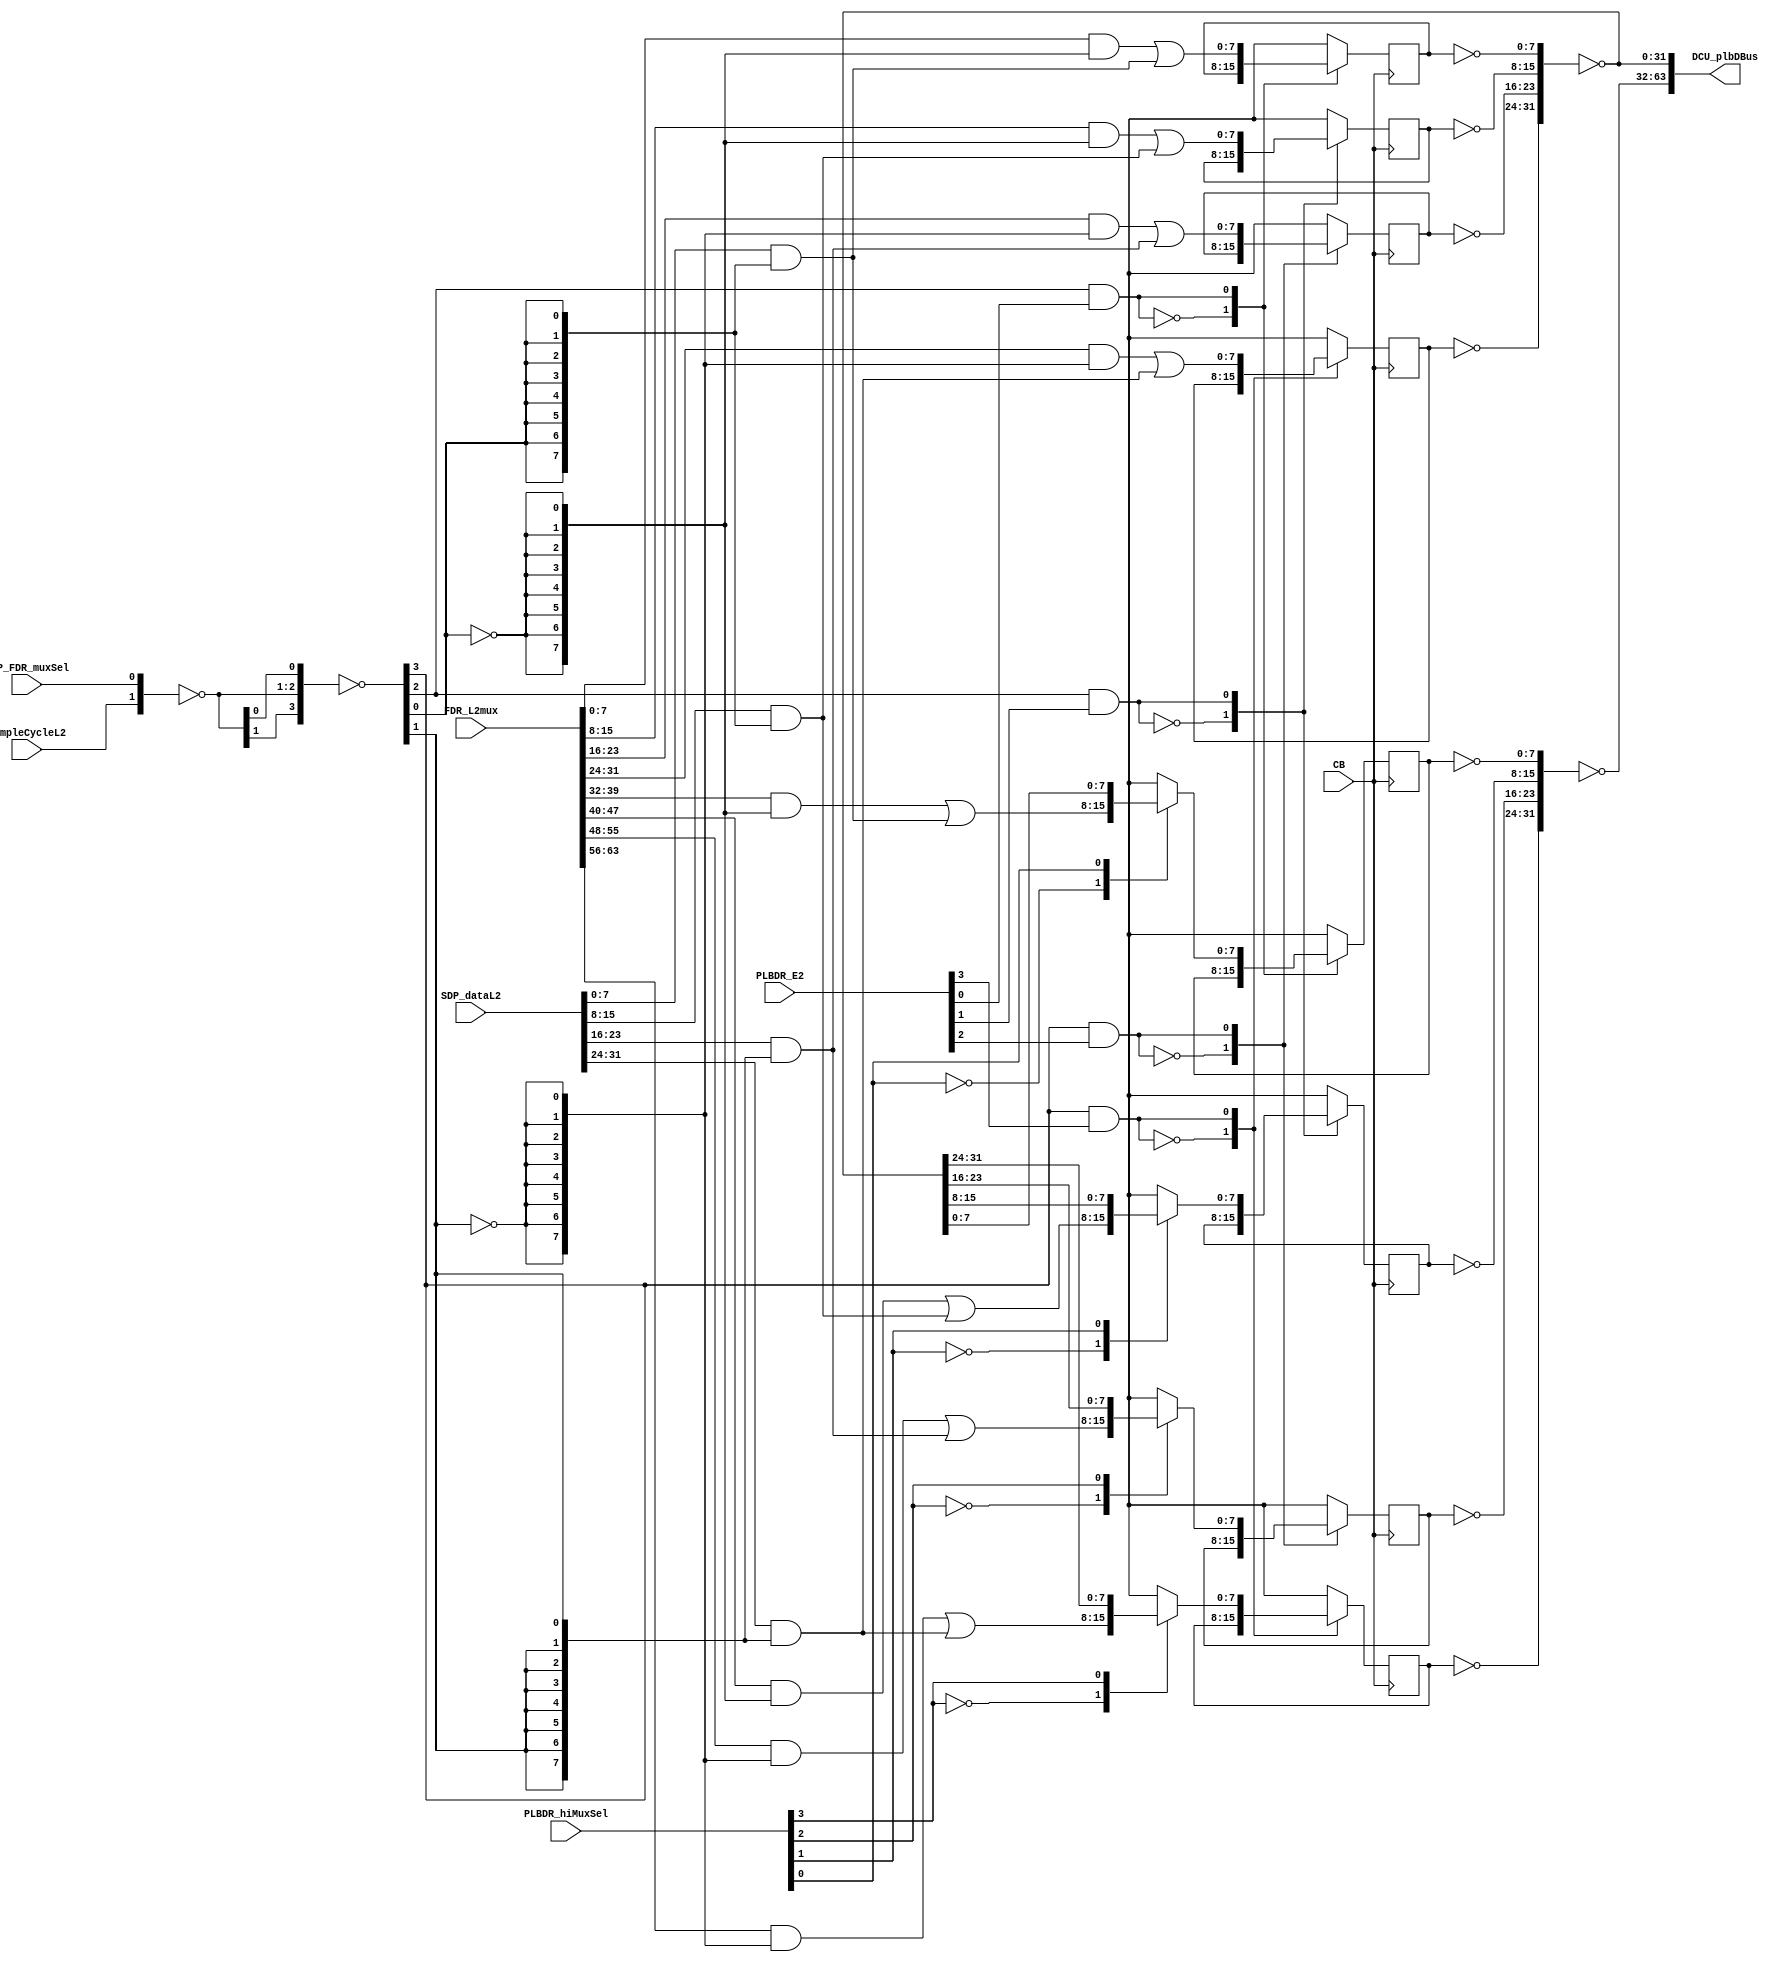
// 
// ************************************************************************** 
// 
//  Copyright (c) International Business Machines Corporation, 2005. 
// 
//  This file contains trade secrets and other proprietary and confidential 
//  information of International Business Machines Corporation which are 
//  protected by copyright and other intellectual property rights and shall 
//  not be reproduced, transferred to other documents, disclosed to others, 
//  or used for any purpose except as specifically authorized in writing by 
//  International Business Machines Corporation. This notice must be 
//  contained as part of this text at all times. 
// 
// ************************************************************************** 
//

module p405s_DCU_plbMux( DCU_plbDBus,
                         CB,
                         FDR_L2mux,
                         PLBDR_E2,
                         PLBDR_hiMuxSel,
                         SDP_FDR_muxSel,
                         SDP_dataL2,
                         sampleCycleL2
                        );


input  SDP_FDR_muxSel;
input  sampleCycleL2;

output [0:63]  DCU_plbDBus;


input [0:63]  FDR_L2mux;
input [0:3]  PLBDR_hiMuxSel;
input [0:3]  PLBDR_E2;
input [0:31]  SDP_dataL2;
input CB;

// Buses in the design

wire  [0:31]  DCU_plbDBusNoBuf;
wire  [0:31]  DCU_plbDBusNoBufInv;
wire  [0:63]  SDP_FDR_data;

wire sampleCycleInv, SDP_FDR_muxSelInv,sampleCycleBuf01;
wire sampleCycleBuf23, SDP_FDR_muxSel0145, SDP_FDR_muxSel2367;


reg [24:31] regDCU_PLB_DRloByte3_L2;
reg [16:23] regDCU_PLB_DRloByte2_L2;
reg [8:15] regDCU_PLB_DRloByte1_L2;
reg [0:7] regDCU_PLB_DRloByte0_L2;
reg [24:31] regDCU_PLB_DRhiByte3_muxout, regDCU_PLB_DRhiByte3_L2;
wire [0:31] DCU_plbDBusNoBufHiInv;
reg [16:23] regDCU_PLB_DRhiByte2_muxout, regDCU_PLB_DRhiByte2_L2;
reg [8:15] regDCU_PLB_DRhiByte1_muxout, regDCU_PLB_DRhiByte1_L2;
reg [0:7] regDCU_PLB_DRhiByte0_muxout,regDCU_PLB_DRhiByte0_L2;


// Removed the module 'dp_logDCU_sampleCycleBuf3'
assign {sampleCycleInv, SDP_FDR_muxSelInv} = ~({sampleCycleL2, SDP_FDR_muxSel});

// Removed the module 'dp_logDCU_sampleCycleBuf'
assign {sampleCycleBuf01, sampleCycleBuf23, SDP_FDR_muxSel0145, SDP_FDR_muxSel2367} = 
     ~({sampleCycleInv, sampleCycleInv,SDP_FDR_muxSelInv, SDP_FDR_muxSelInv});

// Removed the module 'dp_logDCU_PLBDRhiInv'
assign DCU_plbDBus[0:31] = ~(DCU_plbDBusNoBufHiInv[0:31]);

// Removed the module 'dp_regDCU_PLB_DRloByte3'
assign DCU_plbDBusNoBufInv[24:31] = ~(regDCU_PLB_DRloByte3_L2[24:31]);
always @(posedge CB)      
    begin                                       
    casez(sampleCycleBuf23 & PLBDR_E2[3])
     1'b0: regDCU_PLB_DRloByte3_L2[24:31] <= regDCU_PLB_DRloByte3_L2[24:31];                
     1'b1: regDCU_PLB_DRloByte3_L2[24:31] <= SDP_FDR_data[56:63]; 
      default: regDCU_PLB_DRloByte3_L2[24:31] <= 8'bx;  
    endcase                             
   end 

// Removed the module 'dp_regDCU_PLB_DRloByte2'
assign DCU_plbDBusNoBufInv[16:23] = ~(regDCU_PLB_DRloByte2_L2[16:23]);
always @(posedge CB)      
    begin                                       
    casez(sampleCycleBuf23 & PLBDR_E2[2])
     1'b0: regDCU_PLB_DRloByte2_L2 <= regDCU_PLB_DRloByte2_L2;                
     1'b1: regDCU_PLB_DRloByte2_L2 <= SDP_FDR_data[48:55]; 
      default: regDCU_PLB_DRloByte2_L2 <= 8'bx;  
    endcase                             
   end

// Removed the module 'dp_regDCU_PLB_DRloByte1'
assign DCU_plbDBusNoBufInv[8:15] = ~(regDCU_PLB_DRloByte1_L2[8:15]);
always @(posedge CB)      
    begin                                       
    casez(sampleCycleBuf01 & PLBDR_E2[1])
     1'b0: regDCU_PLB_DRloByte1_L2 <= regDCU_PLB_DRloByte1_L2;                
     1'b1: regDCU_PLB_DRloByte1_L2 <= SDP_FDR_data[40:47]; 
      default: regDCU_PLB_DRloByte1_L2 <= 8'bx;  
    endcase                             
   end 

// Removed the module 'dp_regDCU_PLB_DRloByte0'
assign DCU_plbDBusNoBufInv[0:7] = ~(regDCU_PLB_DRloByte0_L2[0:7]);
always @(posedge CB)      
    begin                                       
    casez(sampleCycleBuf01 & PLBDR_E2[0])
     1'b0: regDCU_PLB_DRloByte0_L2 <= regDCU_PLB_DRloByte0_L2;                
     1'b1: regDCU_PLB_DRloByte0_L2 <= SDP_FDR_data[32:39]; 
      default: regDCU_PLB_DRloByte0_L2 <= 8'bx;  
    endcase                             
   end  

// Removed the module 'dp_regDCU_PLB_DRhiByte3'
assign DCU_plbDBusNoBufHiInv[24:31] = ~(regDCU_PLB_DRhiByte3_L2[24:31]);
always @(SDP_FDR_data or DCU_plbDBusNoBuf or PLBDR_hiMuxSel)
    begin                                       
    casez(PLBDR_hiMuxSel[3])                    
     1'b0: regDCU_PLB_DRhiByte3_muxout = SDP_FDR_data[24:31];
     1'b1: regDCU_PLB_DRhiByte3_muxout = DCU_plbDBusNoBuf[24:31];   
      default: regDCU_PLB_DRhiByte3_muxout = 8'bx;  
    endcase                             
   end                                  
   // L2 Output modeled as posedge FF      
   always @(posedge CB)      
    begin                                       
    casez(sampleCycleBuf23 & PLBDR_E2[3])
     1'b0: regDCU_PLB_DRhiByte3_L2 <= regDCU_PLB_DRhiByte3_L2;                
     1'b1: regDCU_PLB_DRhiByte3_L2 <= regDCU_PLB_DRhiByte3_muxout;       
      default: regDCU_PLB_DRhiByte3_L2 <= 8'bx;  
    endcase                             
   end 

// Removed the module 'dp_regDCU_PLB_DRhiByte2'
assign DCU_plbDBusNoBufHiInv[16:23] = ~(regDCU_PLB_DRhiByte2_L2[16:23]);
always @(SDP_FDR_data or DCU_plbDBusNoBuf or PLBDR_hiMuxSel)
    begin                                       
    casez(PLBDR_hiMuxSel[2])                    
     1'b0: regDCU_PLB_DRhiByte2_muxout = SDP_FDR_data[16:23];
     1'b1: regDCU_PLB_DRhiByte2_muxout = DCU_plbDBusNoBuf[16:23];   
      default: regDCU_PLB_DRhiByte2_muxout = 8'bx;  
    endcase                             
   end                                  
   // L2 Output modeled as posedge FF      
   always @(posedge CB)      
    begin                                       
    casez(sampleCycleBuf23 & PLBDR_E2[2])
     1'b0: regDCU_PLB_DRhiByte2_L2 <= regDCU_PLB_DRhiByte2_L2;                
     1'b1: regDCU_PLB_DRhiByte2_L2 <= regDCU_PLB_DRhiByte2_muxout;       
      default: regDCU_PLB_DRhiByte2_L2 <= 8'bx;  
    endcase                             
   end 

// Removed the module 'dp_regDCU_PLB_DRhiByte1'
assign DCU_plbDBusNoBufHiInv[8:15] = ~(regDCU_PLB_DRhiByte1_L2[8:15]);
always @(SDP_FDR_data or DCU_plbDBusNoBuf or PLBDR_hiMuxSel)
    begin                                       
    casez(PLBDR_hiMuxSel[1])                    
     1'b0: regDCU_PLB_DRhiByte1_muxout = SDP_FDR_data[8:15];
     1'b1: regDCU_PLB_DRhiByte1_muxout = DCU_plbDBusNoBuf[8:15];   
      default: regDCU_PLB_DRhiByte1_muxout = 8'bx;  
    endcase                             
   end                                  
   // L2 Output modeled as posedge FF      
   always @(posedge CB)      
    begin                                       
    casez(sampleCycleBuf01 & PLBDR_E2[1])
     1'b0: regDCU_PLB_DRhiByte1_L2 <= regDCU_PLB_DRhiByte1_L2;                
     1'b1: regDCU_PLB_DRhiByte1_L2 <= regDCU_PLB_DRhiByte1_muxout;       
      default: regDCU_PLB_DRhiByte1_L2 <= 8'bx;  
    endcase                             
   end 

// Removed the module 'dp_regDCU_PLB_DRhiByte0'
assign DCU_plbDBusNoBufHiInv[0:7] = ~(regDCU_PLB_DRhiByte0_L2[0:7]);
always @(SDP_FDR_data or DCU_plbDBusNoBuf or PLBDR_hiMuxSel)
    begin                                       
    casez(PLBDR_hiMuxSel[0])                    
     1'b0: regDCU_PLB_DRhiByte0_muxout = SDP_FDR_data[0:7];
     1'b1: regDCU_PLB_DRhiByte0_muxout = DCU_plbDBusNoBuf[0:7];   
      default: regDCU_PLB_DRhiByte0_muxout = 8'bx;  
    endcase                             
   end                                  
   // L2 Output modeled as posedge FF      
   always @(posedge CB)      
    begin                                       
    casez(sampleCycleBuf01 & PLBDR_E2[0])
     1'b0: regDCU_PLB_DRhiByte0_L2 <= regDCU_PLB_DRhiByte0_L2;                
     1'b1: regDCU_PLB_DRhiByte0_L2 <= regDCU_PLB_DRhiByte0_muxout;       
      default: regDCU_PLB_DRhiByte0_L2 <= 8'bx;  
    endcase                             
   end 

// Removed the module 'dp_logDCU_PLBDRlo_inv'
assign DCU_plbDBusNoBuf[0:31] = ~(DCU_plbDBusNoBufInv[0:31]);

// Removed the module 'dp_logDCU_PLBDRloInv'
assign DCU_plbDBus[32:63] = ~(DCU_plbDBusNoBufInv[0:31]);

// Removed the module 'dp_muxDCU_PLBwrBusByte7'
assign SDP_FDR_data[56:63] = (FDR_L2mux[56:63] & {(8){~(SDP_FDR_muxSel2367)}} ) | (SDP_dataL2[24:31] & {(8){SDP_FDR_muxSel2367}} );

// Removed the module 'dp_muxDCU_PLBwrBusByte6'
assign SDP_FDR_data[48:55] = (FDR_L2mux[48:55] & {(8){~(SDP_FDR_muxSel2367)}} ) | (SDP_dataL2[16:23] & {(8){SDP_FDR_muxSel2367}} );

// Removed the module 'dp_muxDCU_PLBwrBusByte5'
assign SDP_FDR_data[40:47] = (FDR_L2mux[40:47] & {(8){~(SDP_FDR_muxSel0145)}} ) | (SDP_dataL2[8:15] & {(8){SDP_FDR_muxSel0145}} );

// Removed the module 'dp_muxDCU_PLBwrBusByte4'
assign SDP_FDR_data[32:39] = (FDR_L2mux[32:39] & {(8){~(SDP_FDR_muxSel0145)}} ) | ( SDP_dataL2[0:7] & {(8){SDP_FDR_muxSel0145}} );

// Removed the module 'dp_muxDCU_PLBwrBusByte3'
assign SDP_FDR_data[24:31] = (FDR_L2mux[24:31] & {(8){~(SDP_FDR_muxSel2367)}} ) | (SDP_dataL2[24:31] & {(8){SDP_FDR_muxSel2367}} );

// Removed the module 'dp_muxDCU_PLBwrBusByte2'
assign SDP_FDR_data[16:23] = (FDR_L2mux[16:23] & {(8){~(SDP_FDR_muxSel2367)}} ) | (SDP_dataL2[16:23] & {(8){SDP_FDR_muxSel2367}} );

// Removed the module 'dp_muxDCU_PLBwrBusByte1'
assign SDP_FDR_data[8:15] = (FDR_L2mux[8:15] & {(8){~(SDP_FDR_muxSel0145)}} ) | (SDP_dataL2[8:15] & {(8){SDP_FDR_muxSel0145}} );

// Removed the module 'dp_muxDCU_PLBwrBusByte0'
assign SDP_FDR_data[0:7] = (FDR_L2mux[0:7] & {(8){~(SDP_FDR_muxSel0145)}} ) | (SDP_dataL2[0:7] & {(8){SDP_FDR_muxSel0145}} );

endmodule